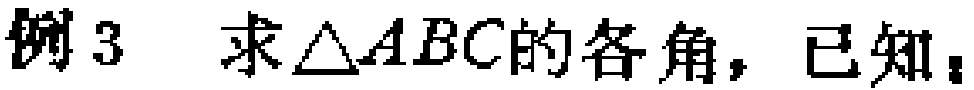
例3 求$\triangle ABC$的各角，已知：